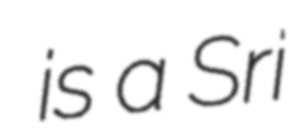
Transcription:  is a Sri